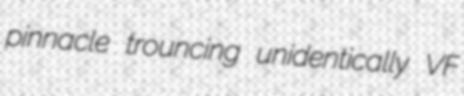
pinnacle trouncing unidentically VF